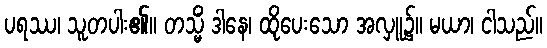
ပရဿ၊ သူတပါး၏။ တသ္မိံ ဒါနေ၊ ထိုပေးသော အလှူ၌။ မယာ၊ ငါသည်။